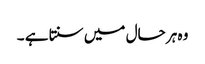
وہ ہر حال میں سنتا ہے ۔